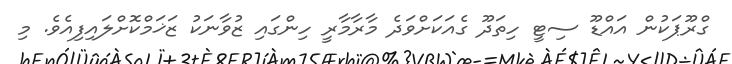
ގްރޫޕަކުން އައްޑޫ ސިޓީ ހިތަދޫ ގެއަކަށްވަދެ މާރާމާރީ ހިންގައި ޒުވާނަކު ޒަޚަމްކޮށްލައިފިއެވެ. މި